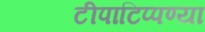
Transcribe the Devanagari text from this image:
टीपाटिप्पण्या